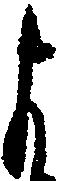
よ